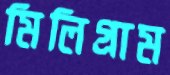
মিলিগ্রাম